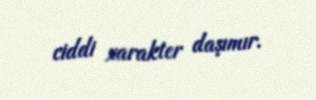
ciddi xarakter daşımır.